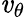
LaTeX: \mathit{v}_{\theta}